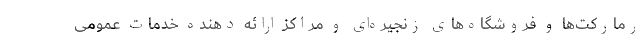
رمارکت‌ها و فروشگاه‌های زنجیره‌ای و مراکز ارائه دهنده خدمات عمومی